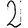
Digit: 2